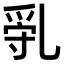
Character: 𠃿